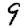
Digit: 9